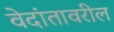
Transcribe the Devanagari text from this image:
वेदांतावरील